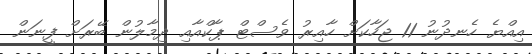
އިއްޔެ ހެނދުނު 11 ޖަހާކަށް ހާއިރު ވެސްޓް ޕާކްއާއި ދިމާލުން ބޭރަށް ފީނަން